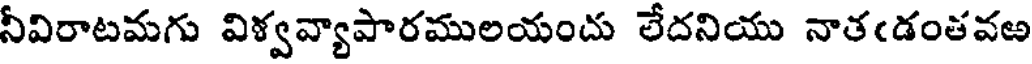
నీవిరాటమగు విళ్వవ్యాపారములయందు లేదనియు నాతఁడంతవఱ